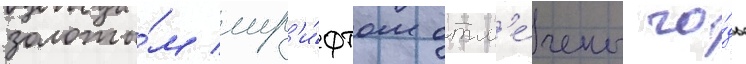
золоты́м шр'и́фтом отм'е́чены го́ды